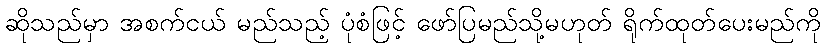
ဆိုသည်မှာ အစက်ငယ် မည်သည့် ပုံစံဖြင့် ဖော်ပြမည်သို့မဟုတ် ရိုက်ထုတ်ပေးမည်ကို